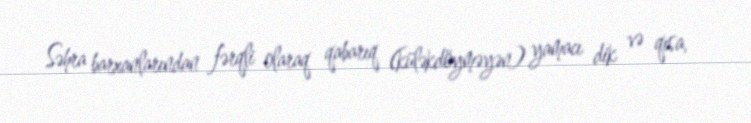
Səhra barxanlarından fərqli olaraq qabarıq (küləkdöyməyən) yamacı dik və qısa,